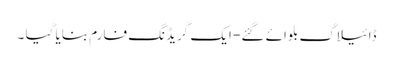
ڈائیلاگ بلوائے گئے- ایک گریڈنگ فارم بنایا گیا ۔